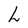
Character: h